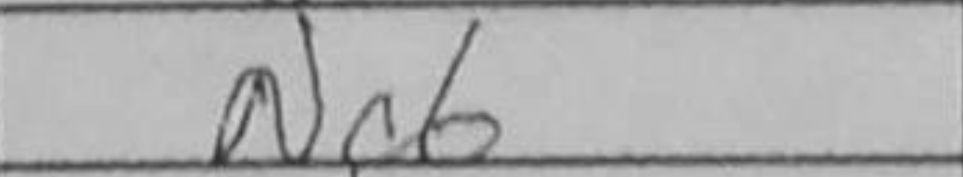
Transcription: Nc6